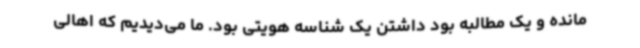
مانده و یک مطالبه بود داشتن یک شناسه هویتی بود. ما می‌دیدیم که اهالی